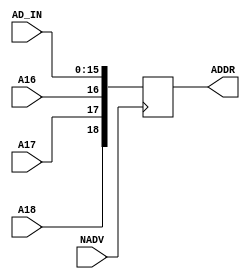
/*
* MCU
* module SAVE_ADDR
* */
module SAVE_ADDR(input NADV,input [15:0] AD_IN,
					  input A16,input A17,input A18,
					  output reg[18:0] ADDR);
	always@(posedge NADV)begin
		ADDR <= {A18,A17,A16,AD_IN};
		end
endmodule
/*
* 
* module SELECT_ADDR
* */
module SELECT_ADDR(input [18:0] ADDR,
						 output reg [2:0]ch,
						 output reg [3:0]REG_FLAG);
	always @(*)begin
		case(ADDR[18:7])
			{4'b1010,8'b0}:begin
				ch <= ADDR[6:4];
				REG_FLAG <= ADDR[3:0];
			end
			default:	begin
				ch <= 0;
			end
		endcase
	end
endmodule
/*
* 
* module SELECT_CHANNEL
* */
module SELECT_CHANNEL(
						 input [2:0]CH,
						 output reg CH_1=0,
						 output reg CH_2=0,
						 output reg CH_3=0);
	always @(*)begin
		case(CH)
			3'b001:begin
				CH_1 <=1;
				CH_2 <=0;
				CH_3 <=0;
			end
			3'b010:begin
				CH_1 <=0;
				CH_2 <=1;
				CH_3 <=0;
			end
			3'b011:begin
				CH_1 <=0;
				CH_2 <=0;
				CH_3 <=1;
			end
			default:begin
				CH_1 <=0;
				CH_2 <=0;
				CH_3 <=0;
			end
		endcase
	end
endmodule
/*
* 
* module BUFF_SEND_DATA
* */
module BUFF_SEND_DATA(input[15:0] DATA_IN,input READ,input en,
					  output reg[15:0] DATA_OUT,output reg FINISH);
	wire READ_2 = READ;
	always@(negedge READ_2 or posedge READ)begin
			if(READ_2 == 0)
				if(en)begin
					DATA_OUT <= DATA_IN;
					end
			if(READ == 1)begin
				DATA_OUT <= 16'bz;
				FINISH <= !FINISH;
				end
		end
endmodule
/*
* 
* module BUFF
* */
module BUFF(input en,input write,input [15:0] DATA_IN,
				output reg[15:0] DATA_OUT,output reg FINISH);
	always@(posedge write)begin
		if(en == 1)
			DATA_OUT <= DATA_IN;
			FINISH <= !FINISH;
			//flag <= !flag;
		end
endmodule 
//
module HighSpeedSync(input CLK_EN,input int_clk,input[31:0] DATA_IN,
							output reg[31:0] DATA_OUT);
	always@(posedge CLK_EN)begin
		if(~int_clk)begin
			DATA_OUT = DATA_IN;
		end
	end
endmodule 
//8
module counter_8(input int_clk,output reg [7:0]DATA_OUT);
	always@(posedge int_clk)begin
		DATA_OUT = DATA_OUT+1;
	end
endmodule